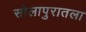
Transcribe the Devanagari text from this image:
सोलापुरातला